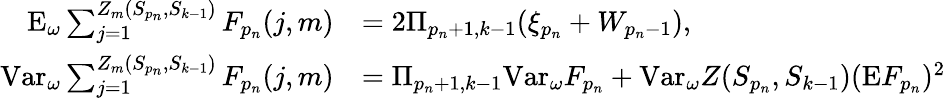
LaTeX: \begin{array}{rl}{\mathrm{E}_{\omega}\sum_{j=1}^{Z_{m}(S_{p_{n}},S_{k-1})}F_{p_{n}}(j,m)}&{=2\Pi_{p_{n}+1,k-1}(\xi_{p_{n}}+W_{p_{n}-1}),}\\ {\mathrm{Var}_{\omega}\sum_{j=1}^{Z_{m}(S_{p_{n}},S_{k-1})}F_{p_{n}}(j,m)}&{=\Pi_{p_{n}+1,k-1}\mathrm{Var}_{\omega}F_{p_{n}}+\mathrm{Var}_{\omega}Z(S_{p_{n}},S_{k-1})(\mathrm{E}F_{p_{n}})^{2}}\end{array}